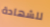
للشهادة